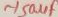
Text: ~150µF